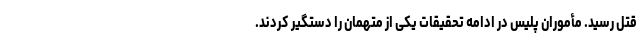
قتل رسید. مأموران پلیس در ادامه تحقیقات یکی از متهمان را دستگیر کردند.